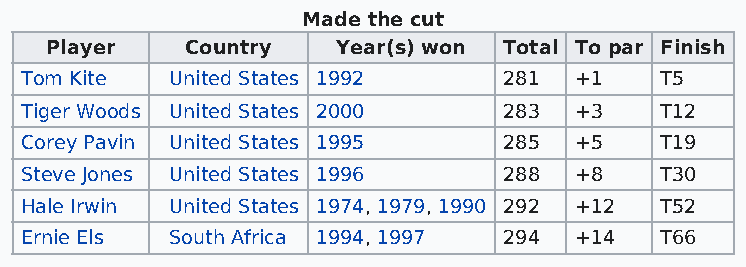
Made the cut
 Player   Country   Year(s) won Total To par Finish
 Tom Kite  United States 1992    281  +1    T5
 Tiger Woods United States 2000  283  +3    T12
 Corey Pavin United States 1995  285  +5    T19
 Steve Jones United States 1996  288  +8    T30
 Hale Irwin United States 1974, 1979, 1990 292 +12 T52
 Ernie Els South Africa 1994, 1997 294 +14  T66